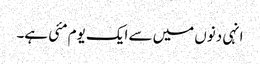
انہی دنوں میں سے ایک یوم مئی ہے۔